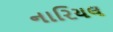
નારિયલ